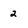
Character: 2